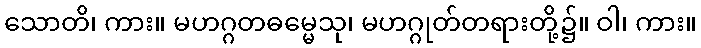
သောတိ၊ ကား။ မဟဂ္ဂတဓမ္မေသု၊ မဟဂ္ဂုတ်တရားတို့၌။ ဝါ၊ ကား။